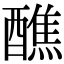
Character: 醮